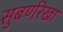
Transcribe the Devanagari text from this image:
सुबर्णरेखा